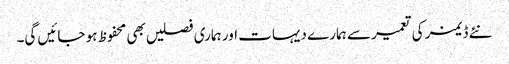
نئے ڈیمز کی تعمیر سے ہمارے دیہات اور ہماری فصلیں بھی محفوظ ہو جائیں گی۔